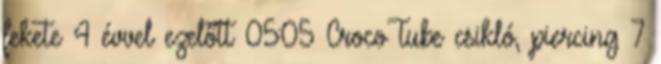
fekete 4 évvel ezelőtt 05:05 CrocoTube csikló, piercing 7